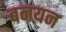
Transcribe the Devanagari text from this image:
बनयन